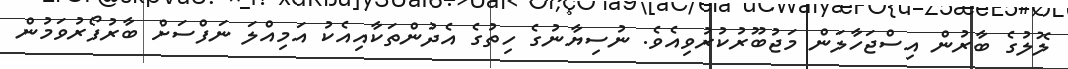
ލޮލުގެ ބާރުން އިސްޖަހާލަން މަޖުބޫރުކުރުވިއެވެ. ނުސިޔާނުގެ ހިތުގެ އެދުންތަކާއިއެކު އަމިއްލަ ނަފްސަށް ބާރުފޯރުވަމުން